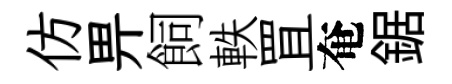
仿畀飼軼罝奄鋸